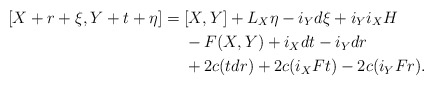
\begin{align*} [X+r+\xi,Y+t+\eta] = {} &[X,Y] + L_{X}\eta - i_{Y}d\xi + i_{Y}i_{X}H\\ & - F(X,Y) + i_Xdt - i_Y dr\\ & + 2c(tdr) + 2c(i_XF t) - 2c(i_YF r). \end{align*}